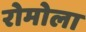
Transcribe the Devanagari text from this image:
रोमोला